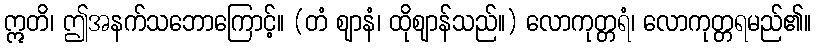
ဣတိ၊ ဤအနက်သဘောကြောင့်။ (တံ ဈာနံ၊ ထိုဈာန်သည်။) လောကုတ္တရံ၊ လောကုတ္တရမည်၏။